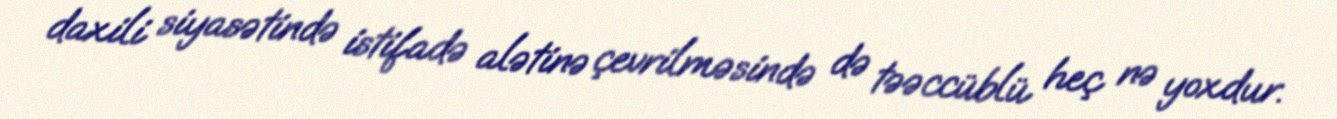
daxili siyasətində istifadə alətinə çevrilməsində də təəccüblü heç nə yoxdur.